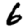
Digit: 6